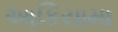
આકિયામા